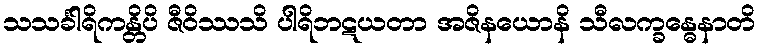
သသင်္ခါရိကန္တိပိ ဇီဝိဿသိ ပါရိဘဋယတာ အဇိနယောနိ သီလက္ခန္ဓေနာတိ